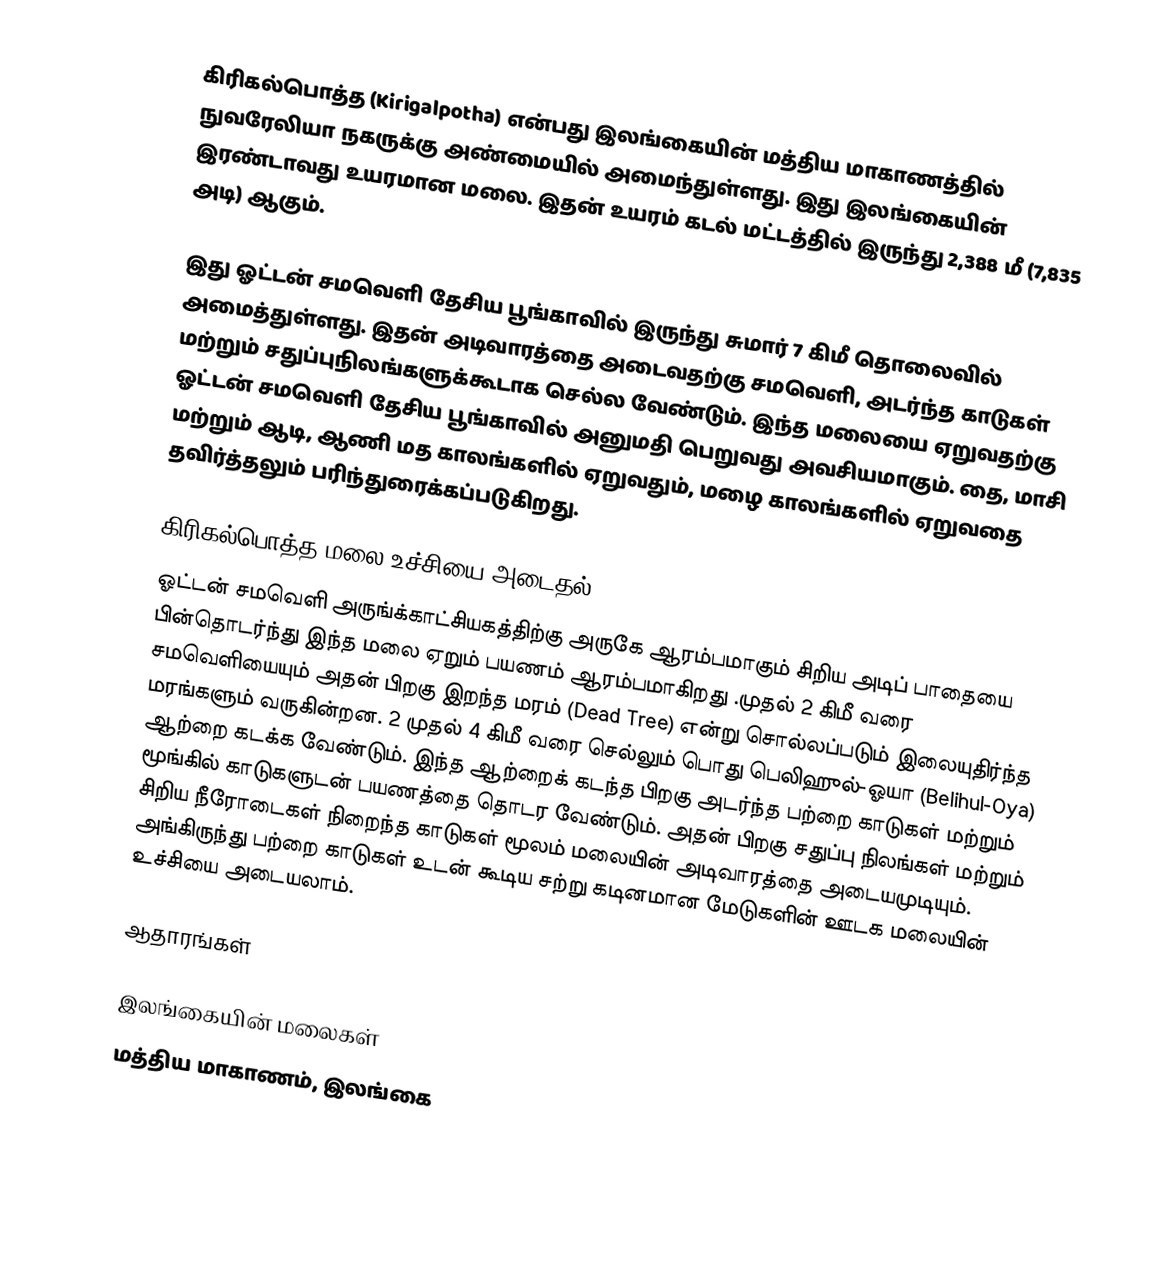
கிரிகல்பொத்த (Kirigalpotha) என்பது இலங்கையின் மத்திய மாகாணத்தில் நுவரேலியா நகருக்கு அண்மையில் அமைந்துள்ளது. இது இலங்கையின் இரண்டாவது உயரமான மலை. இதன் உயரம் கடல் மட்டத்தில் இருந்து 2,388 மீ (7,835 அடி) ஆகும்.

இது ஓட்டன் சமவெளி தேசிய பூங்காவில் இருந்து சுமார் 7 கிமீ தொலைவில் அமைத்துள்ளது. இதன்  அடிவாரத்தை அடைவதற்கு சமவெளி, அடர்ந்த காடுகள் மற்றும் சதுப்புநிலங்களுக்கூடாக செல்ல வேண்டும். இந்த மலையை ஏறுவதற்கு ஓட்டன் சமவெளி தேசிய பூங்காவில் அனுமதி பெறுவது அவசியமாகும். தை, மாசி மற்றும் ஆடி, ஆணி  மத காலங்களில் ஏறுவதும், மழை காலங்களில் ஏறுவதை தவிர்த்தலும் பரிந்துரைக்கப்படுகிறது.

கிரிகல்பொத்த மலை உச்சியை அடைதல்
ஓட்டன் சமவெளி அருங்க்காட்சியகத்திற்கு அருகே ஆரம்பமாகும் சிறிய அடிப் பாதையை பின்தொடர்ந்து இந்த மலை ஏறும் பயணம் ஆரம்பமாகிறது .முதல் 2 கிமீ வரை சமவெளியையும் அதன் பிறகு இறந்த மரம் (Dead Tree) என்று சொல்லப்படும் இலையுதிர்ந்த மரங்களும் வருகின்றன. 2 முதல் 4 கிமீ வரை செல்லும் பொது பெலிஹுல்-ஓயா (Belihul-Oya) ஆற்றை கடக்க வேண்டும். இந்த ஆற்றைக் கடந்த பிறகு அடர்ந்த  பற்றை காடுகள் மற்றும் மூங்கில் காடுகளுடன் பயணத்தை தொடர வேண்டும். அதன் பிறகு சதுப்பு நிலங்கள் மற்றும் சிறிய நீரோடைகள் நிறைந்த காடுகள் மூலம் மலையின் அடிவாரத்தை அடையமுடியும். அங்கிருந்து  பற்றை காடுகள் உடன் கூடிய சற்று கடினமான மேடுகளின் ஊடக மலையின் உச்சியை அடையலாம்.

ஆதாரங்கள்

இலங்கையின் மலைகள்
மத்திய மாகாணம், இலங்கை